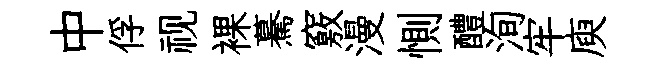
中俘视裸驀竅漫惻醴洵牢庾